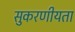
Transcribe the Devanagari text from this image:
सुकरणीयता